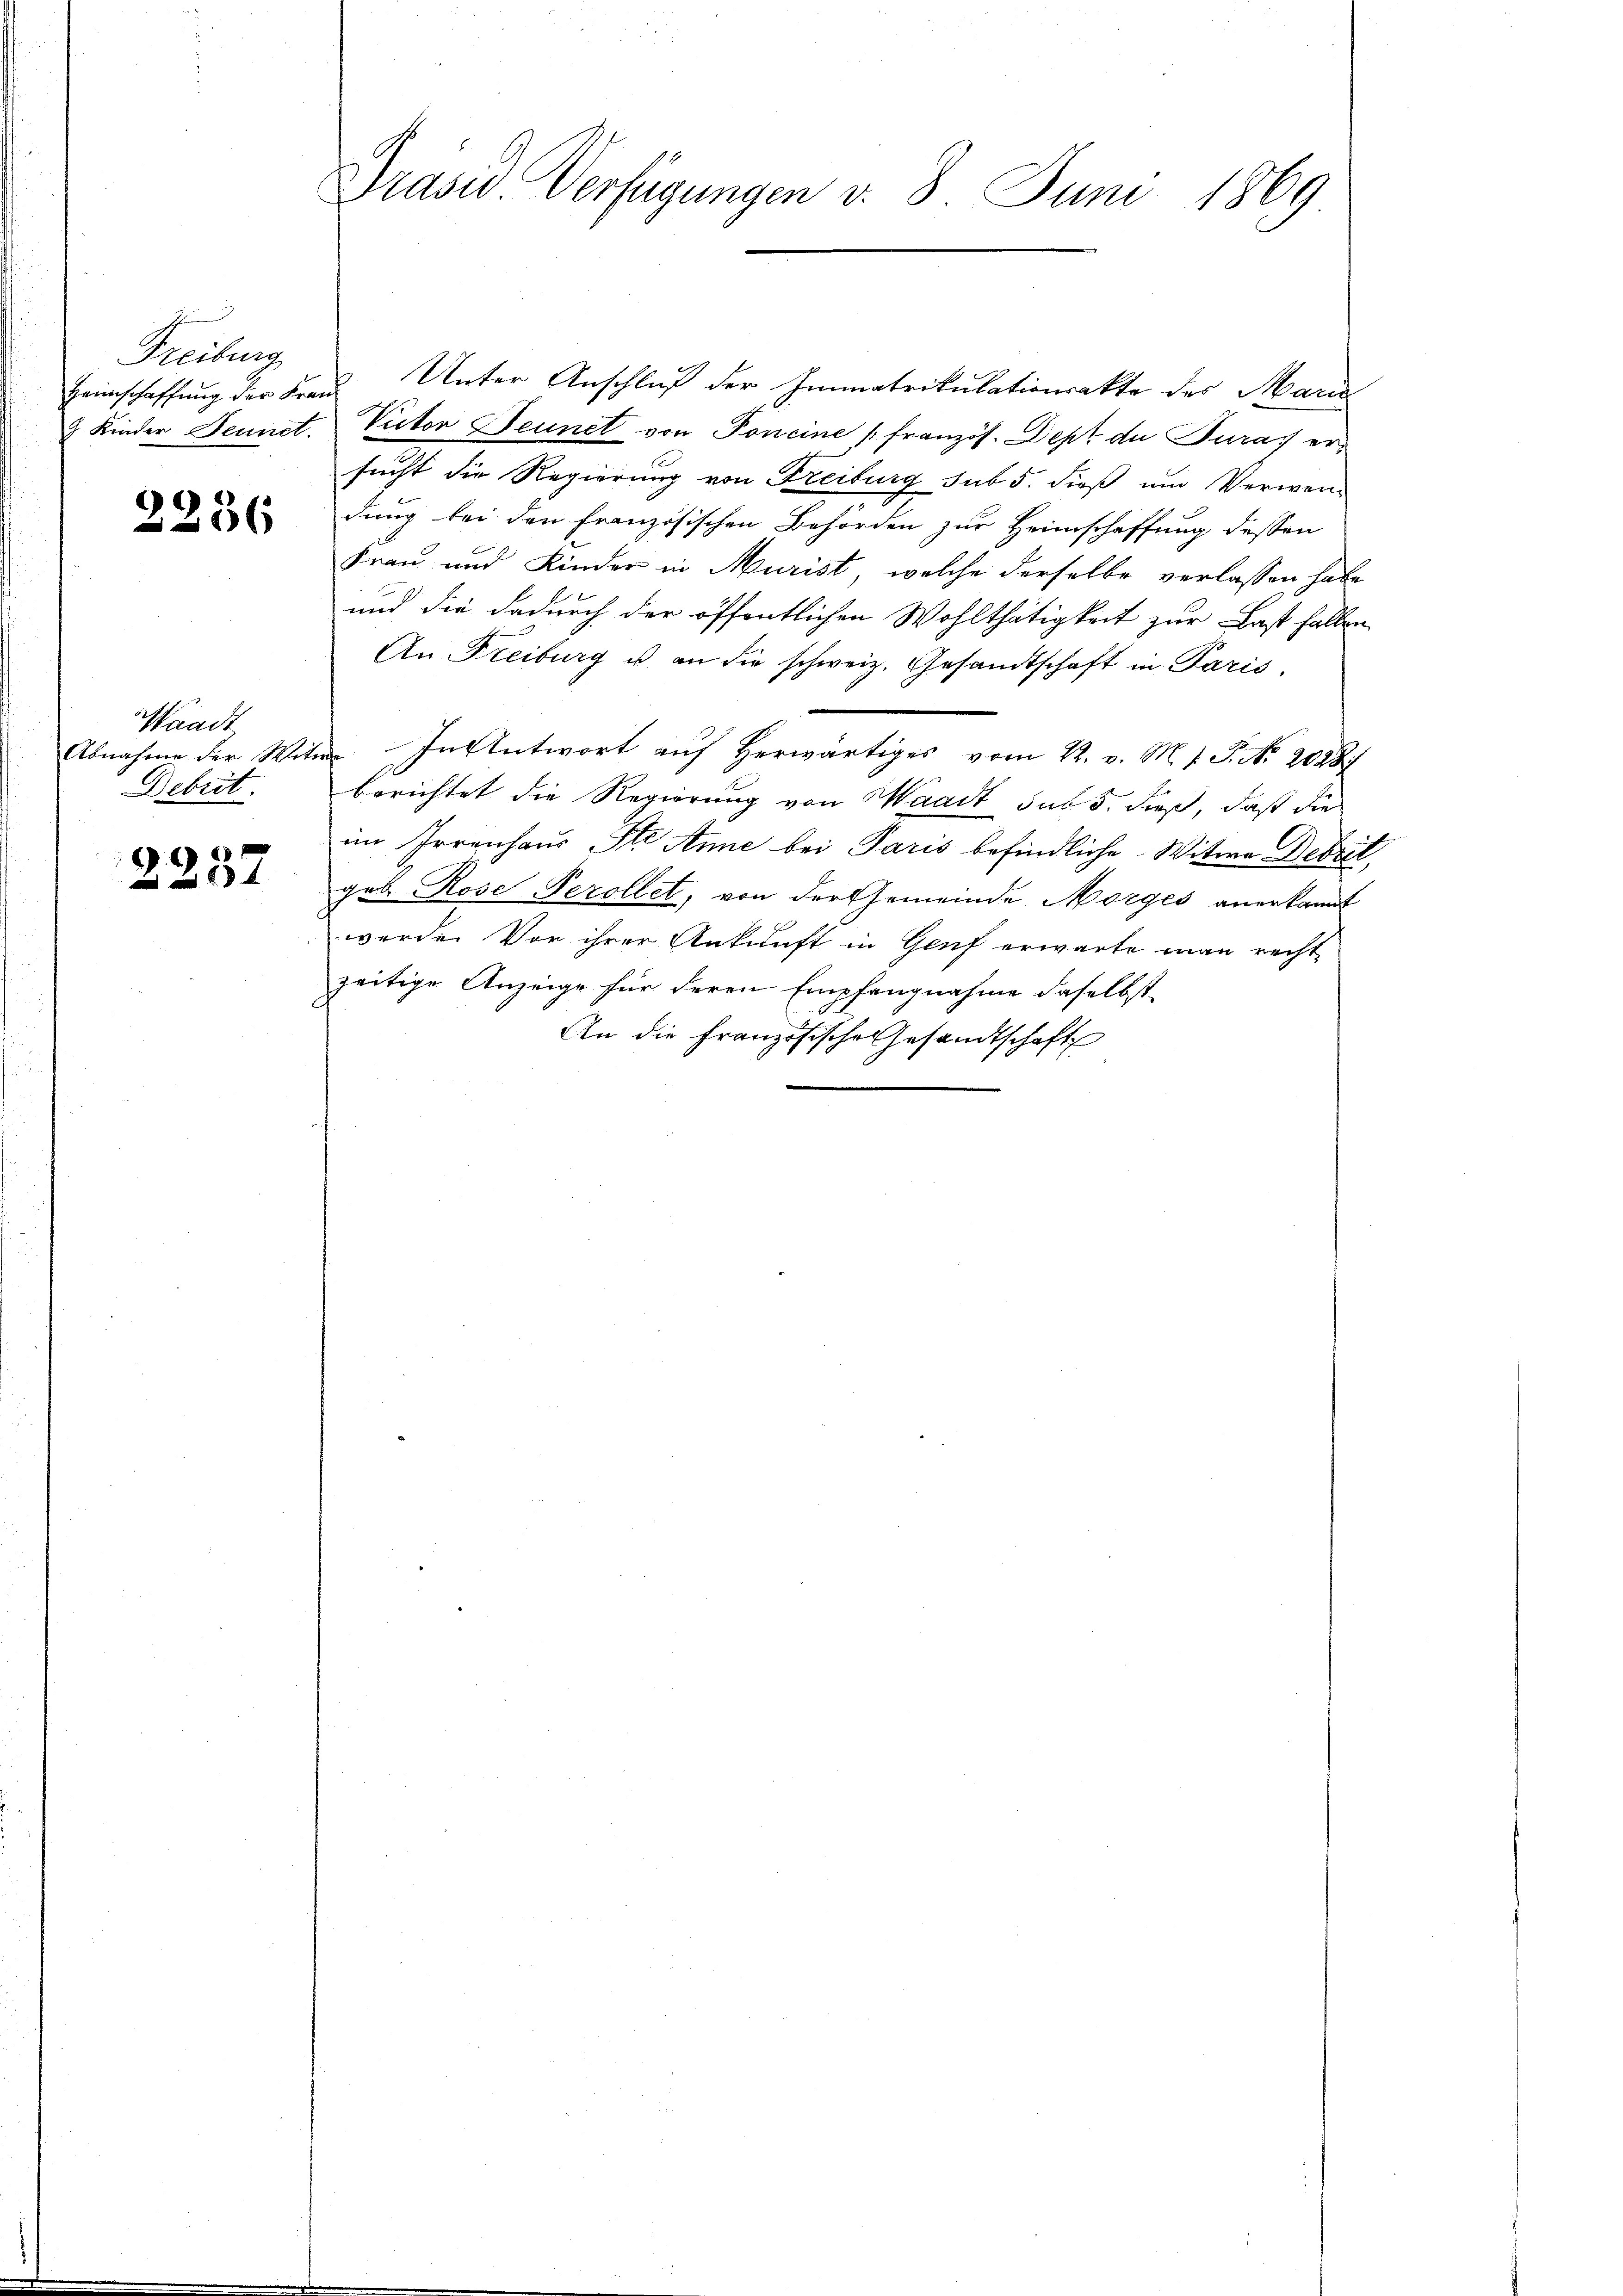
Freibung

2236

Waadt
Debrit.

6
2201

Präsid. Verfügungen v. 3. Juni 1869

Heimschaffung der Frau Unter Anschluß der Immatrikulationsakte des Mari
2 Kinder Jennet. Victor Fennet von Poneine französ. Dept du Turas ersucht die Regierung von Freiburg sub 5. dieß um Verweng
dung bei den französischen Behörden zur Heimschaffung dessen
Frau und Kinder in Murist, welche derselbe verlassen habe
und die dadurch der öffentlichen Wohlthätigkeit zur Last fallen
An Freiburg u. an die schweiz. Gesandtschaft in Paris.
Abnahme der Witwe.  In Antwort auf herwärtiges vom 22. v. M. v. J. N. 20287
berichtet die Regierung von Waadt sub 5. dieß, daß die
im Irrenhaus Ste Anne bei Paris befindliche Witwe Debril
geb. Rose Perollet, von der Gemeinde Morges anerkannt
werden Vor ihrer Ankunft in Genf erwarte man recht
zeitige Anzeige für deren Empfangnahme daselbst
An die Französische Gesandtschaft